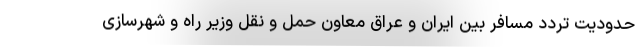
حدودیت تردد مسافر بین ایران و عراق معاون حمل و نقل وزیر راه و شهرسازی